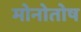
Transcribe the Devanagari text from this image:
मोनोतोष